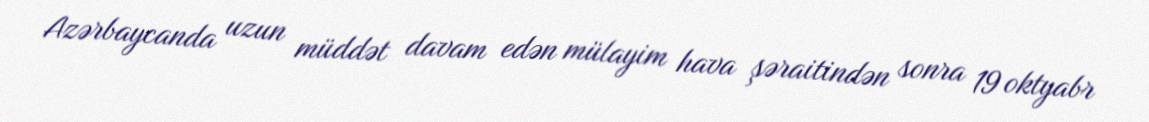
Azərbaycanda uzun müddət davam edən mülayim hava şəraitindən sonra 19 oktyabr